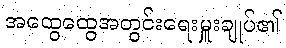
အထွေထွေအတွင်းရေးမှူးချုပ်၏